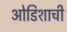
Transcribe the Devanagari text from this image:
ओडिशाची